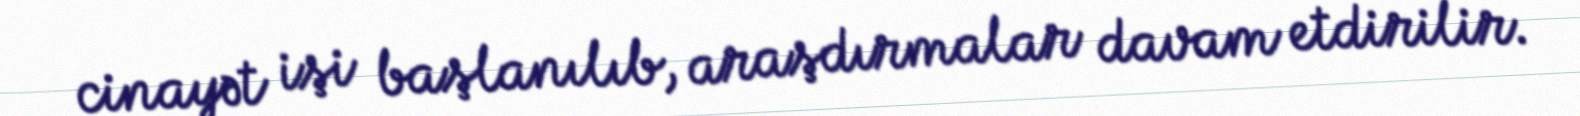
cinayət işi başlanılıb, araşdırmalar davam etdirilir.